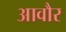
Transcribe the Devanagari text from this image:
आवौर